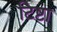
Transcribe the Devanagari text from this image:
टिष्टा